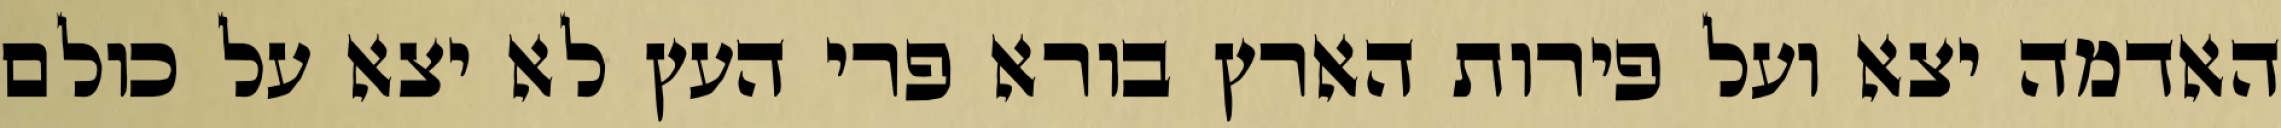
האדמה יצא ועל פירות הארץ בורא פרי העץ לא יצא על כולם